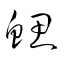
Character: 鰓